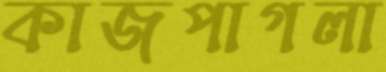
কাজপাগলা